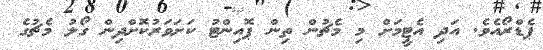
ޕެޑްރޯއެވެ. އަދި އެޓީމަށް މި މެޗުން ތިން ޕޮއިންޓު ކަށަވަރުކޮށްދިން ގޯލު މެޗުގެ